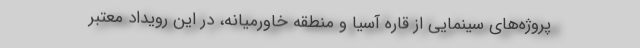
پروژه‌های سینمایی از قاره آسیا و منطقه خاورمیانه، در این رویداد معتبر